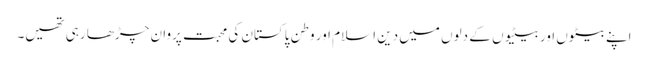
اپنے بیٹوں اور بیٹیوں کے دلوں میں دین اسلام اور وطن پاکستان کی محبت پروان چڑھا رہی تھیں۔